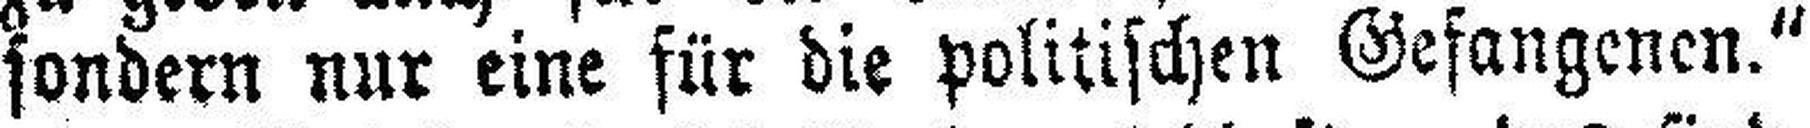
sondern nur eine für die politischen Gefangenen.“